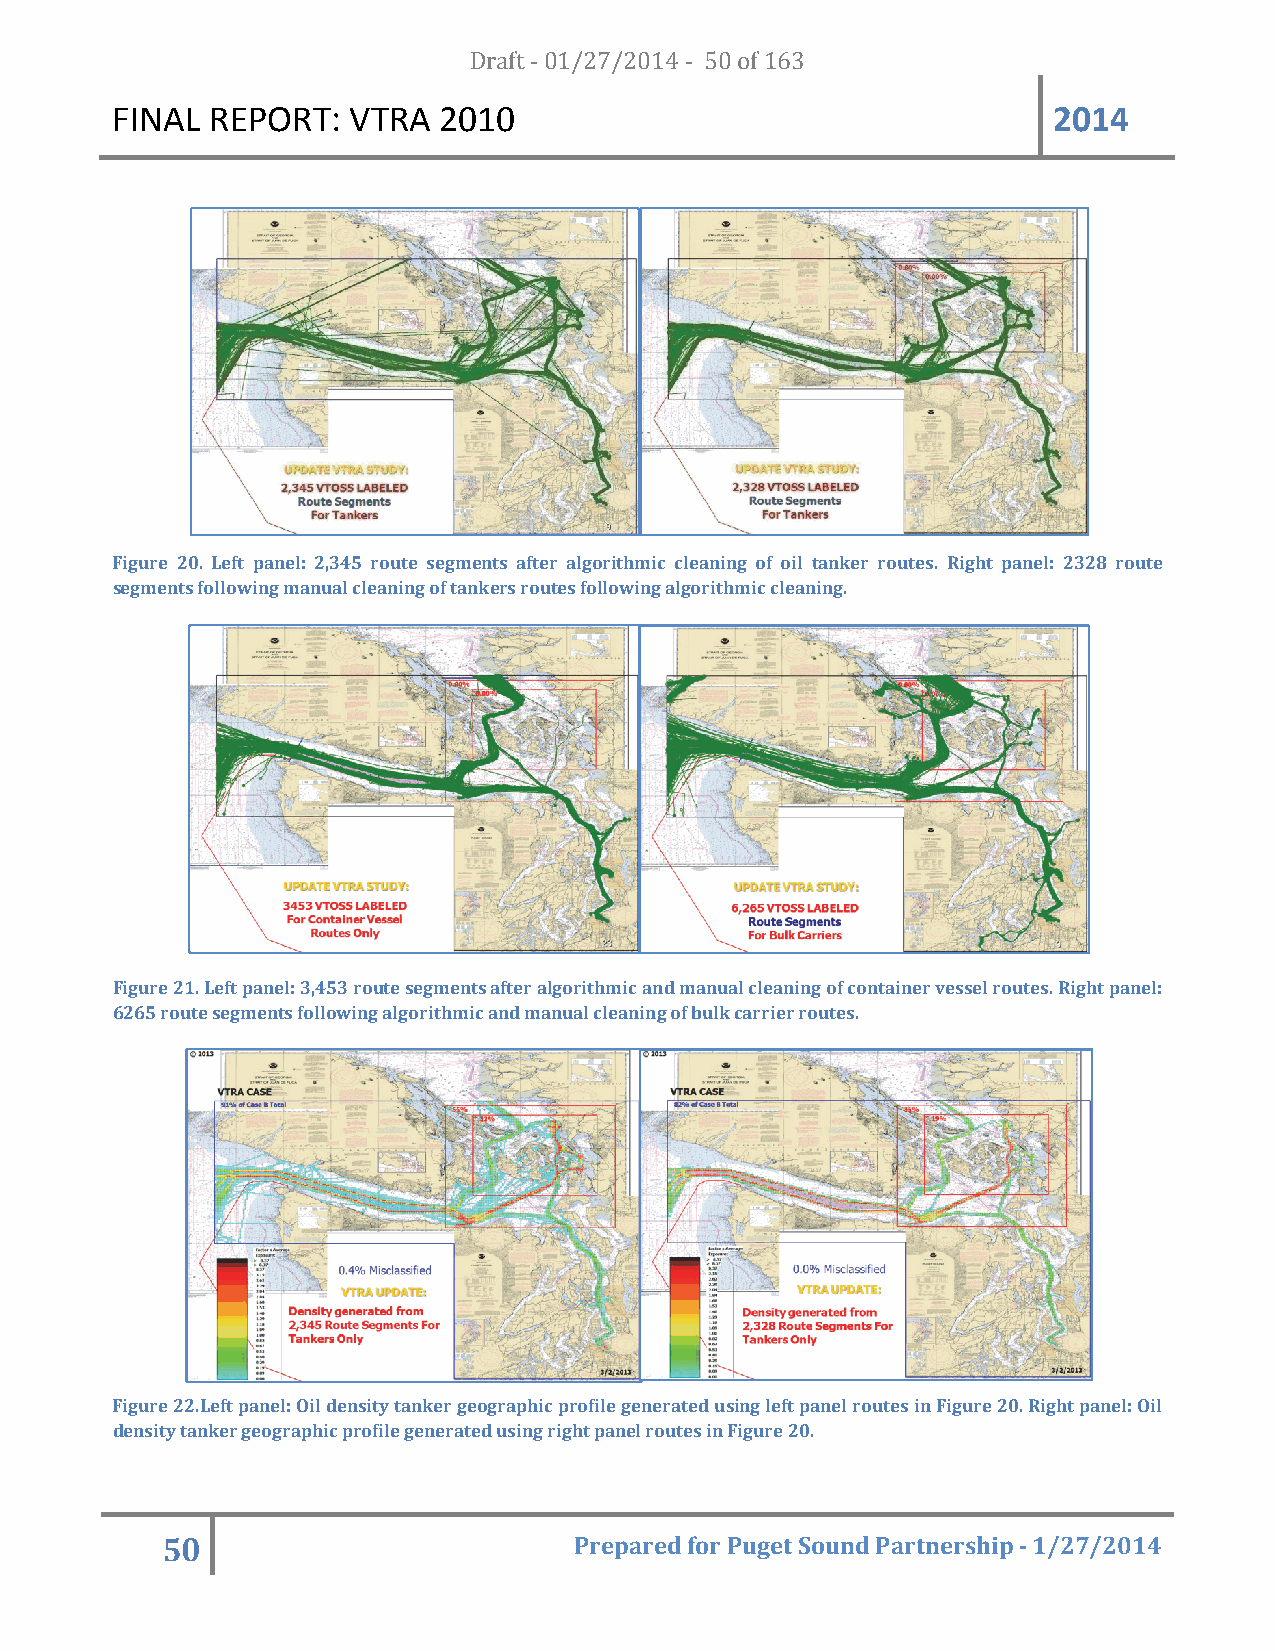
FINAL  REPORT:  VTRA  20D1r0af t - 01/27/2014 - 50 of 163      2014
 Figure 20. Left panel: 2,345 route segments after algorithmic cleaning of oil tanker routes. Right panel: 2328 route
 segments following manual cleaning of tankers routes following algorithmic cleaning.
 Figure 21. Left panel: 3,453 route segments after algorithmic and manual cleaning of container vessel routes. Right panel:
 6265 route segments following algorithmic and manual cleaning of bulk carrier routes.
 Figure 22.Left panel: Oil density tanker geographic profile generated using left panel routes in Figure 20. Right panel: Oil
 density tanker geographic profile generated using right panel routes in Figure 20.
 50                         Prepared for Puget Sound Partnership - 1/27/2014